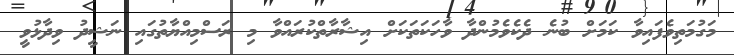
މަގުމަތިވެފައިވާ ކަމަށް ބުނެ ދެކެވެމުންދާ ވާހަކަތަކަށް އިޝާރާތްކުރައްވާ މި ރަސްމިއްޔާތުގައި ނަޝީދު ވިދާޅުވީ